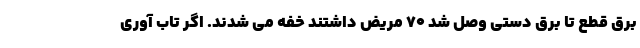
برق قطع تا برق دستی وصل شد ۷۰ مریض داشتند خفه می شدند. اگر تاب آوری